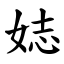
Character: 娡